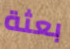
بعثة